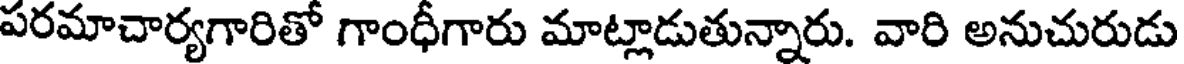
పరమాచార్యగారితో గాంధీగారు మాట్లాడుతున్నారు. వారి అనుచురుడు